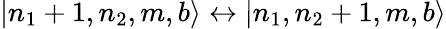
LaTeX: |n_{1}+1,n_{2},m,b\rangle\leftrightarrow|n_{1},n_{2}+1,m,b\rangle